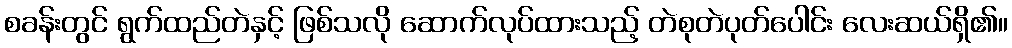
စခန်းတွင် ရွက်ထည်တဲနှင့် ဖြစ်သလို ဆောက်လုပ်ထားသည့် တဲစုတဲပုတ်ပေါင်း လေးဆယ်ရှိ၏။